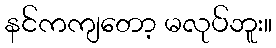
နင်ကကျတော့ မလုပ်ဘူး။